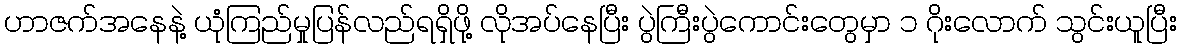
ဟာဇက်အနေနဲ့ ယုံကြည်မှုပြန်လည်ရရှိဖို့ လိုအပ်နေပြီး ပွဲကြီးပွဲကောင်းတွေမှာ ၁ ဂိုးလောက် သွင်းယူပြီး